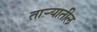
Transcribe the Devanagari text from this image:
तार्‍यातील